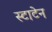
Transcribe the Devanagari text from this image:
स्टाटेन